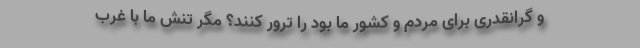
و گرانقدری برای مردم و کشور ما بود را ترور کنند؟ مگر تنش ما با غرب